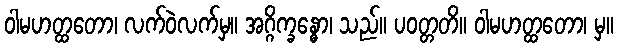
ဝါမဟတ္ထတော၊ လက်ဝဲလက်မှ။ အဂ္ဂိက္ခန္ဓော၊ သည်။ ပဝတ္တတိ။ ဝါမဟတ္ထတော၊ မှ။